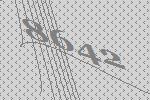
8642